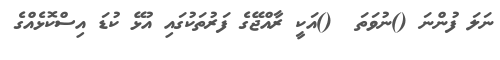
ނަލަ ފުންނަ ()ނުވަތަ  ()އަކީ ރާއްޖޭގެ ފަރުތަކުގައި އުޅޭ ކުޑަ އިސްކޮޅެއްގެ